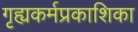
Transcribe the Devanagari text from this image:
गृह्यकर्मप्रकाशिका